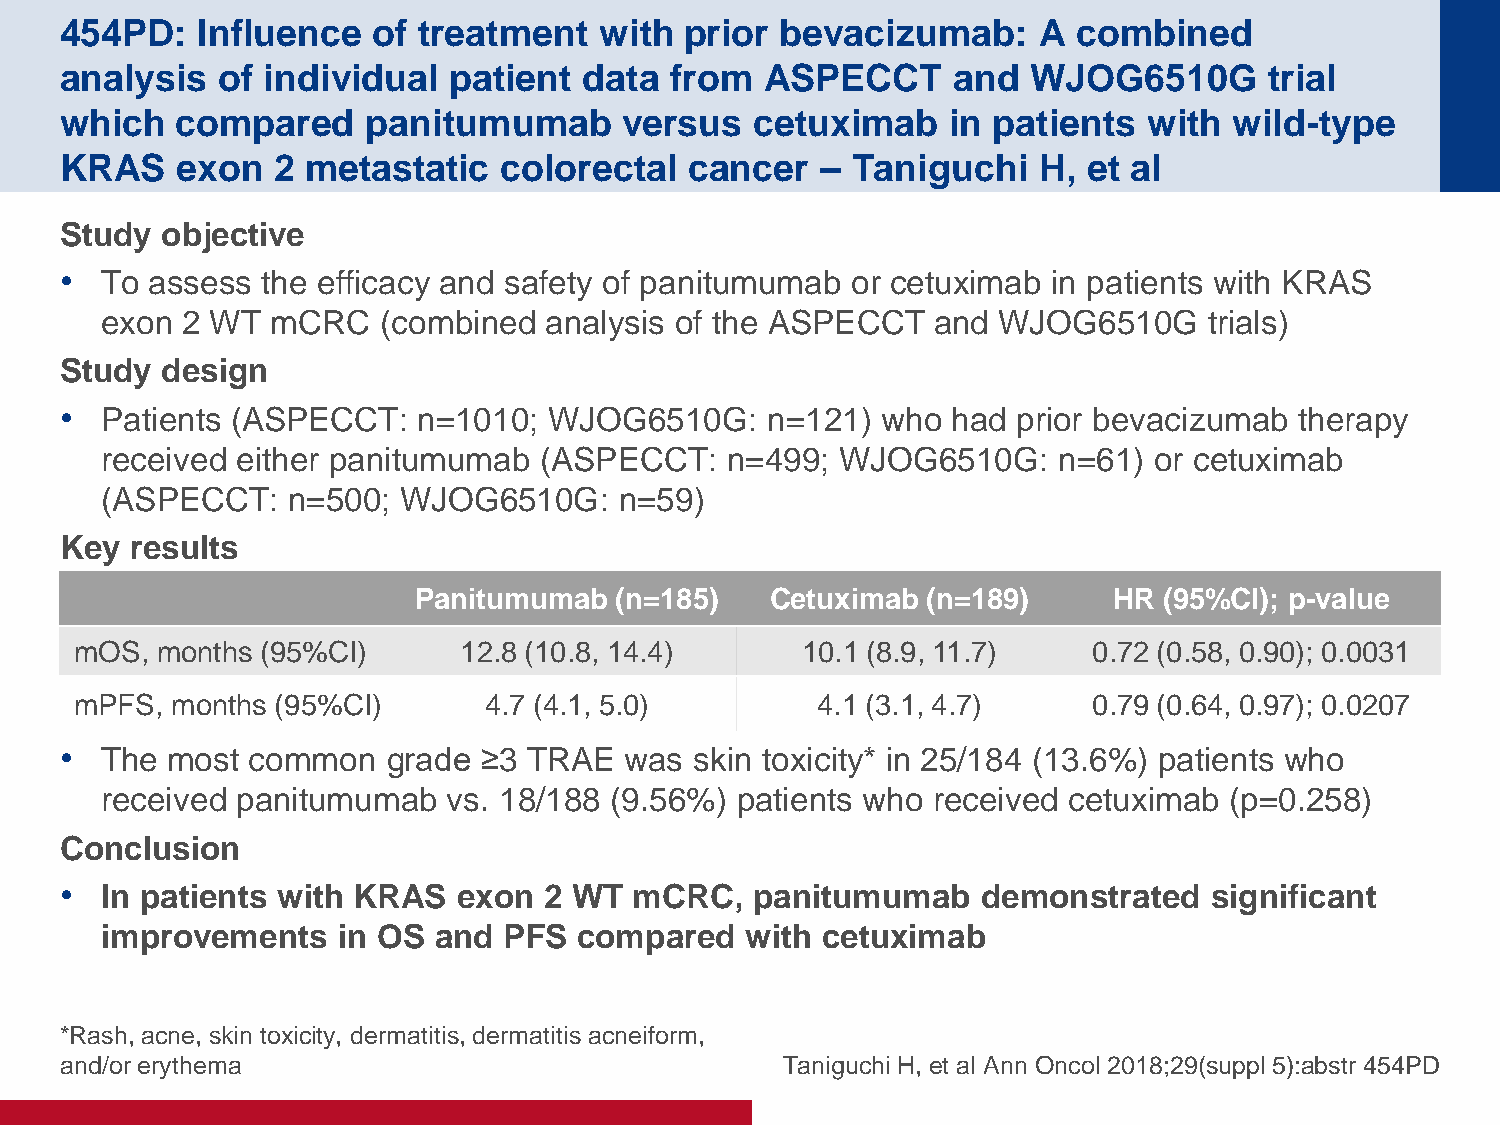
454PD:   Influence   of treatment   with prior  bevacizumab:     A combined
 analysis  of individual   patient  data from   ASPECCT     and  WJOG6510G       trial
 which   compared    panitumumab      versus   cetuximab    in patients  with  wild-type
 KRAS    exon  2 metastatic   colorectal   cancer  – Taniguchi    H, et al
 Study  objective
 •  To assess the efficacy and safety of panitumumab or cetuximab  in patients with KRAS
 exon 2 WT  mCRC   (combined  analysis of the ASPECCT   and WJOG6510G     trials)
 Study  design
 •  Patients (ASPECCT:   n=1010; WJOG6510G:     n=121) who  had prior bevacizumab  therapy
 received either panitumumab  (ASPECCT:   n=499;  WJOG6510G:    n=61) or cetuximab
 (ASPECCT:   n=500; WJOG6510G:     n=59)
 Key  results
 Panitumumab   (n=185)   Cetuximab (n=189)      HR (95%CI); p-value
 mOS, months (95%CI)      12.8 (10.8, 14.4)      10.1 (8.9, 11.7)   0.72 (0.58, 0.90); 0.0031
 mPFS, months (95%CI)       4.7 (4.1, 5.0)        4.1 (3.1, 4.7)    0.79 (0.64, 0.97); 0.0207
 •  The most  common   grade ≥3 TRAE  was  skin toxicity* in 25/184 (13.6%) patients who
 received panitumumab   vs. 18/188 (9.56%) patients who received cetuximab (p=0.258)
 Conclusion
 •  In patients with KRAS  exon  2 WT  mCRC,   panitumumab    demonstrated   significant
 improvements   in OS  and PFS  compared   with cetuximab
 *Rash, acne, skin toxicity, dermatitis, dermatitis acneiform,
 and/or erythema                                 Taniguchi H, et al Ann Oncol 2018;29(suppl 5):abstr 454PD